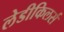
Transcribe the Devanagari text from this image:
लेडीकिलर्स